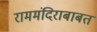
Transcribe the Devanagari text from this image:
राममंदिराबाबत